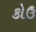
કોઉ